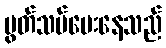
ပွတ်သပ်ပေးနေသည်